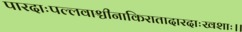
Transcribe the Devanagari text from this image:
पारदाःपल्लवाश्चीनाकिरातादारदाःखशाः।।